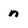
Character: n